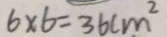
6 \times 6 = 3 6 c m ^ { 2 }